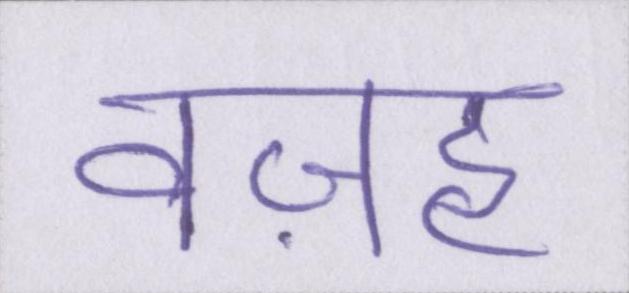
वज़ह